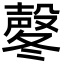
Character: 㲇